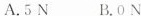
A.5N B.ON